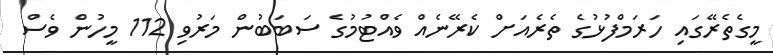
މީގެތެރޭގައި ހަރަމްފުޅުގެ ތެރެއަށް ކެރޭނެއް ވެއްޓުމުގެ ސަބަބުން މަރުވި 112 މީހުން ވެސް